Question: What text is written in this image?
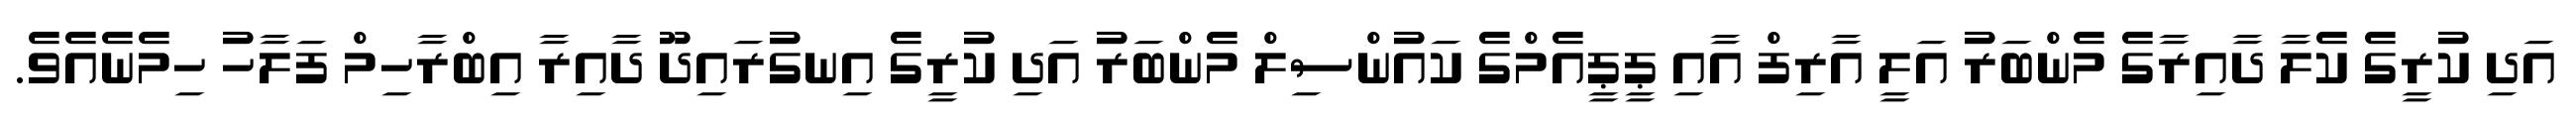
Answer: އަދި ކުރީގެ ކެލާ ދާއިރާގެ މެންބަރު އަލީ އާރިފް އާއި ޕީޕީއެމްގެ ކައުންސިލް މެންބަރު އަދި ކުރީގެ އިނގުރައިދޫ ދާއިރާ އިބްރާހިމް ފަލާހު ހިމެނެއެވެ.